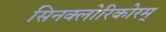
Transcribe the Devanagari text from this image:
सिनक्लोरिकोरम्